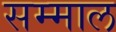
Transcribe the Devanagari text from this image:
सम्माल